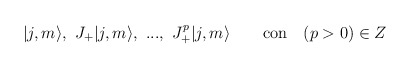
\begin{align*}|j,m\rangle,\ J_+ |j,m\rangle,\ ...,\ J_+^p|j,m\rangle \ \ \ \ \ \mbox { con}\ \ \ (p>0) \in Z\end{align*}